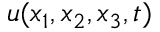
\boldsymbol { u } ( x _ { 1 } , x _ { 2 } , x _ { 3 } , t )